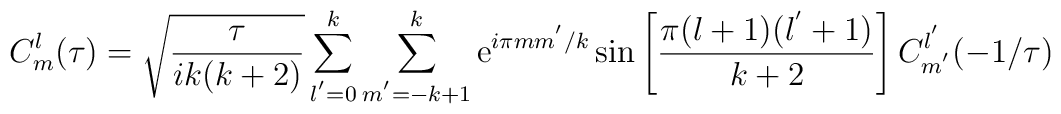
C^{l}_{m}(\tau)=\sqrt{\frac{\tau}{ik(k+2)}}\sum_{l^{'}=0}^{k}\sum_{m^{'}=-k+1}^{k}{\rm e}^{i\pi mm^{'}/k}\sin\left[\frac{\pi(l+1)(l^{'}+1)}{k+2}\right]C^{l^{'}}_{m^{'}}(-1/\tau)